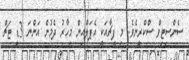
ސެންސިޓިވް ސްކްރީނެވެ. މި ފީޗާއަކީ އެޕަލްއިން މިހާރު ދެމުން އަންނަ 3ޑީ ޓަޗް